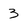
Character: 3